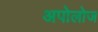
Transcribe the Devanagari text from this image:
अपोलोज